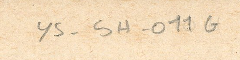
ys-5H-011